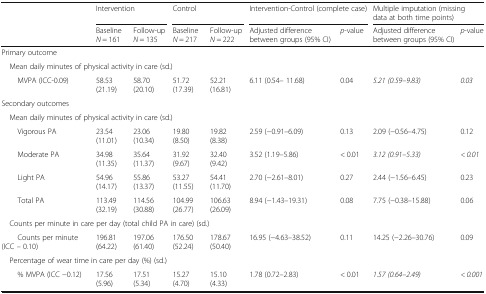
<table><thead><tr><td rowspan="2"></td><td colspan="2"><b>Intervention</b></td><td colspan="2"><b>Control</b></td><td colspan="2"><b>Intervention-Control (complete case)</b></td><td colspan="2"><b>Multiple imputation (missing data at both time points)</b></td></tr><tr><td><b>Baseline <i>N</i> = 161</b></td><td><b>Follow-up <i>N</i> = 135</b></td><td><b>Baseline <i>N</i> = 217</b></td><td><b>Follow-up <i>N</i> = 222</b></td><td><b>Adjusted difference between groups (95% CI)</b></td><td><b><i>p</i>-value</b></td><td><b>Adjusted difference between groups (95% CI)</b></td><td><b><i>p</i>-value</b></td></tr></thead><tbody><tr><td colspan="9">Primary outcome</td></tr><tr><td colspan="9"> Mean daily minutes of physical activity in care (sd.)</td></tr><tr><td>MVPA (ICC-0.09)</td><td>58.53 (21.19)</td><td>58.70 (20.10)</td><td>51.72 (17.39)</td><td>52.21 (16.81)</td><td>6.11 (0.54– 11.68)</td><td>0.04</td><td><i>5.21 (0.59–9.83)</i></td><td><i>0.03</i></td></tr><tr><td colspan="9">Secondary outcomes</td></tr><tr><td colspan="9"> Mean daily minutes of physical activity in care (sd.)</td></tr><tr><td>Vigorous PA</td><td>23.54 (11.01)</td><td>23.06 (10.34)</td><td>19.80 (8.50)</td><td>19.82 (8.38)</td><td>2.59 (−0.91–6.09)</td><td>0.13</td><td>2.09 (−0.56–4.75)</td><td>0.12</td></tr><tr><td>Moderate PA</td><td>34.98 (11.35)</td><td>35.64 (11.37)</td><td>31.92 (9.67)</td><td>32.40 (9.42)</td><td>3.52 (1.19–5.86)</td><td>&lt; 0.01</td><td><i>3.12 (0.91–5.33)</i></td><td><i>&lt; 0.01</i></td></tr><tr><td>Light PA</td><td>54.96 (14.17)</td><td>55.86 (13.37)</td><td>53.27 (11.55)</td><td>54.41 (11.70)</td><td>2.70 (−2.61–8.01)</td><td>0.27</td><td>2.44 (−1.56–6.45)</td><td>0.23</td></tr><tr><td>Total PA</td><td>113.49 (32.19)</td><td>114.56 (30.88)</td><td>104.99 (26.77)</td><td>106.63 (26.09)</td><td>8.94 (−1.43–19.31)</td><td>0.08</td><td>7.75 (−0.38–15.88)</td><td>0.06</td></tr><tr><td colspan="9"> Counts per minute in care per day (total child PA in care) (sd.)</td></tr><tr><td>Counts per minute (ICC – 0.10)</td><td>196.81 (64.22)</td><td>197.06 (61.40)</td><td>176.50 (52.24)</td><td>178.67 (50.40)</td><td>16.95 (−4.63–38.52)</td><td>0.11</td><td>14.25 (−2.26–30.76)</td><td>0.09</td></tr><tr><td colspan="9"> Percentage of wear time in care per day (%) (sd.)</td></tr><tr><td>% MVPA (ICC −0.12)</td><td>17.56 (5.96)</td><td>17.51 (5.34)</td><td>15.27 (4.70)</td><td>15.10 (4.33)</td><td>1.78 (0.72–2.83)</td><td>&lt; 0.01</td><td><i>1.57 (0.64–2.49)</i></td><td><i>&lt; 0.001</i></td></tr></tbody></table>